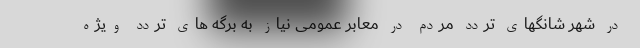
در شهر شانگهای تردد مردم در معابر عمومی نیاز به برگه های تردد ویژه